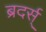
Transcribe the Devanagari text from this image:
ब्रदर्स्